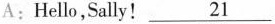
A:Hello,Sally!\underline{21}